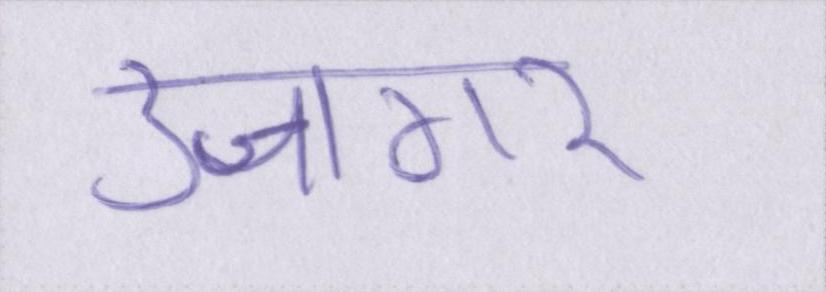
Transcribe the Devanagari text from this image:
उजागर